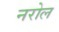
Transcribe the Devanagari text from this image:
नरोल